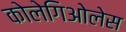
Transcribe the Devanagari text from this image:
कोलेगिओलेस